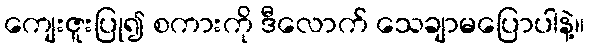
ကျေးဇူးပြု၍ စကားကို ဒီလောက် သေချာမပြောပါနဲ့။